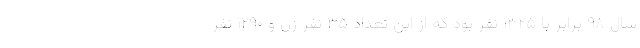
سال ۹۸ برابر با ۱۳۲۵ نفر بود که از این تعداد ۳۵ نفر زن و ۱۲۹۰ نفر